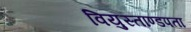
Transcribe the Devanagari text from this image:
वियुस्ताण्डपता